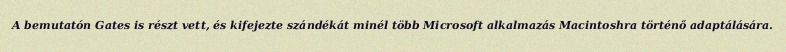
A bemutatón Gates is részt vett, és kifejezte szándékát minél több Microsoft alkalmazás Macintoshra történő adaptálására.